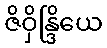
ဇိဝှိန္ဒြိယေ